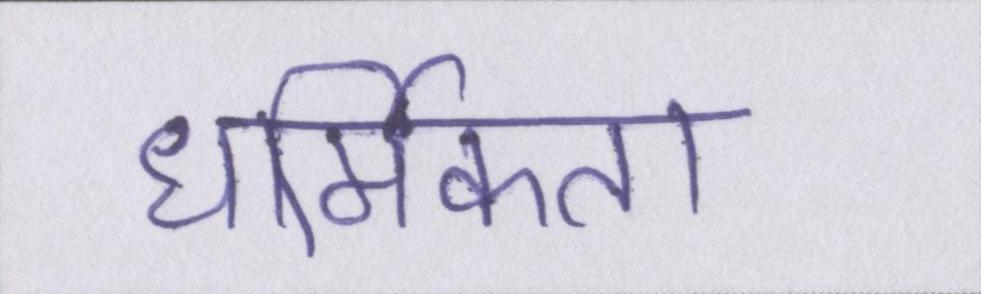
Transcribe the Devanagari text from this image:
धार्मिकता